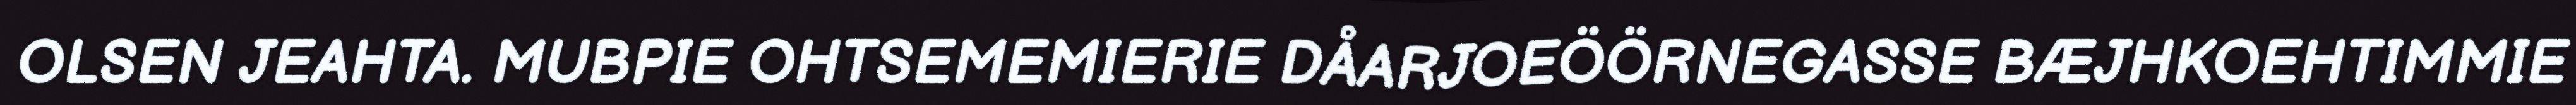
OLSEN JEAHTA. MUBPIE OHTSEMEMIERIE DÅARJOEÖÖRNEGASSE BÆJHKOEHTIMMIE